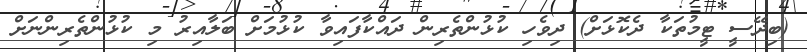
(ބިދޭސީ ޓީމުތަކާ ދެކޮޅަށް) ދިވެހި ކުޅުންތެރިން ދައްކާފައިވާ ކުޅުމަށް ބަލާއިރު މި ކުޅުންތެރިންނަށް